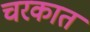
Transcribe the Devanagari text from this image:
चरकात